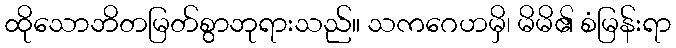
ထိုသောဘိတမြတ်စွာဘုရားသည်။ သကဂေဟမှိ၊ မိမိ၏ စံမြန်းရာ